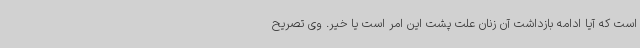
است که آیا ادامه بازداشت آن زنان علت پشت این امر است یا خیر. وی تصریح